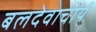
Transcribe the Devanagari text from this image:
बलदेवाचार्य